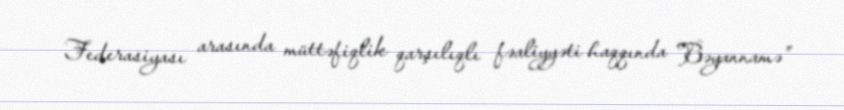
Federasiyası arasında müttəfiqlik qarşılıqlı fəaliyyəti haqqında Bəyannamə”